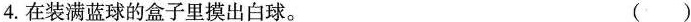
4.在装满蓝球的盒子里摸出白球。 ( )